Civil Veterinary Dept. Assam report 1927-50 - 1927-1950
Year: 1927
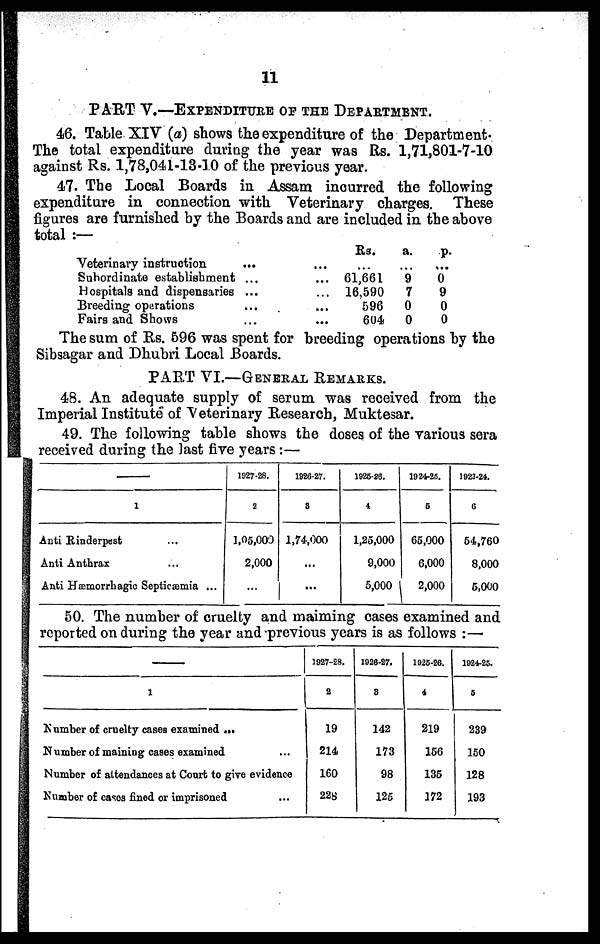
11
PART V.—EXPENDITURE OF THE DEPARTMENT.
46. Table XIV (a) shows the expenditure of the Department.
The total expenditure during the year was Rs. 1,71,801-7-10
against Rs. 1,78,041-13-10 of the previous year.
47. The Local Boards in Assam incurred the following
expenditure in connection with Veterinary charges. These
figures are furnished by the Boards and are included in the above
total :—
Veterinary instruction
Subordinate establishment
Hospitals and dispensaries
Breeding operations
Fairs and Shows
...
...
...
...
...
...
...
...
...
...
Rs.
61,661
16,590
596
604
a.
9
7
0
0
p.
0
9
0
0
The sum of Rs. 596 was spent for breeding operations by the
Sibsagar and Dhubri Local Boards.
PART VI.—GENERAL REMARKS.
48. An adequate supply of serum was received from the
Imperial Institute of Veterinary Research, Muktesar.
49. The following table shows the doses of the various sera
received during the last five years :—
1
Anti Rinderpest ...
Anti Anthrax ...
Anti Hæmorrhagic Septicæmia ...
1927-28.
2
1, 05,000
2,000
...
1926-27.
3
1,74,000
...
...
1925-26.
4
1,25,000
9,000
5,000
1924-25.
5
65,000
6,000
2,000
1923-24.
C
54,760
8,000
5,000
50. The number of cruelty and maiming cases examined and
reported on during the year and previous years is as follows : —
1
Number of cruelty cases examined ...
Number of maining cases examined ...
Number of attendances at Court to give evidence
Number of cases fined or imprisoned ...
1927-28.
2
19
214
160
228
1926-27.
3
142
173
98
125
1925-26.
4
219
156
135
172
1924-25.
5
239
150
128
193